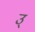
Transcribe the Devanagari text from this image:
उ्